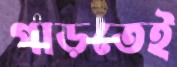
পাড়তেই